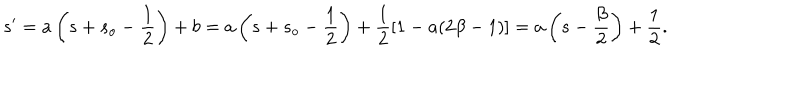
LaTeX: s ^ { \prime } = a \left( s + s _ { o } - \frac { 1 } { 2 } \right) + b = a \left( s + s _ { o } - \frac { 1 } { 2 } \right) + \frac { 1 } { 2 } [ 1 - a ( 2 \beta - 1 ) ] = a \left( s - \frac { \beta } { 2 } \right) + \frac { 1 } { 2 } .